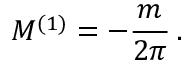
M ^ { ( 1 ) } = - \frac { m } { 2 \pi } \, .